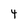
Character: 4